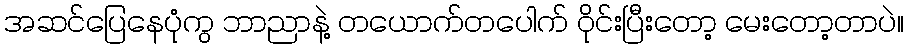
အဆင်ပြေနေပုံကွ ဘာညာနဲ့ တယောက်တပေါက် ဝိုင်းပြီးတော့ မေးတော့တာပဲ။